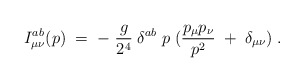
\begin{align*}I_{\mu \nu}^{a b} (p)\;=\;-\; \frac{g}{2^4} \;\delta^{a b} \;p\;(\frac{p_{\mu} p_{\nu}}{p^2} \;+\;\delta_{\mu \nu} ) \;.\end{align*}